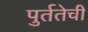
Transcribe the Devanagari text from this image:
पुर्ततेची